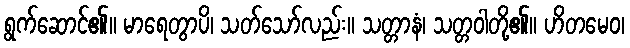
ရွက်ဆောင်၏။ မာရေတွာပိ၊ သတ်သော်လည်း။ သတ္တာနံ၊ သတ္တဝါတို့၏။ ဟိတမေဝ၊